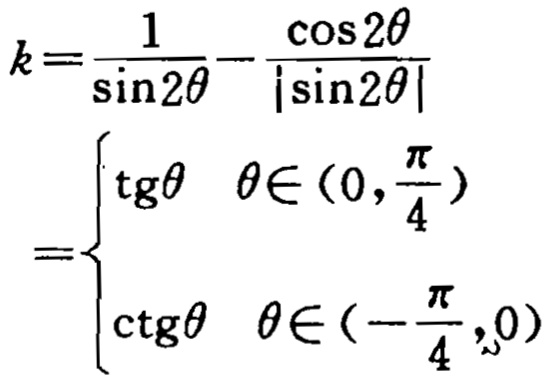
\[
\begin{align*}
k&=\frac{1}{\sin2\theta}-\frac{\cos2\theta}{|\sin2\theta|}\\
&=
\begin{cases}
\operatorname{tg}\theta &\theta\in(0,\frac{\pi}{4})\\
\operatorname{ctg}\theta &\theta\in(-\frac{\pi}{4},0)
\end{cases}
\end{align*}
\]